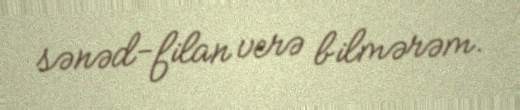
sənəd-filan verə bilmərəm.